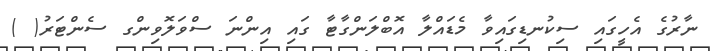
ނާރުގެ އެހީގައި ސިކުނޑިގައިވާ މެޑައްލާ އޮބްލަންގާޓާ ގައި އިންނަ ސްވަލޮވިންގ ސެންޓަރު( )